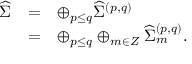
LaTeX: \begin{array} { l c l } { { { \widehat \Sigma } } } & { { = } } & { { \oplus _ { p \leq q } { \widehat \Sigma } ^ { ( p , q ) } } } \\ { { } } & { { = } } & { { \oplus _ { p \leq q } \oplus _ { m \in Z } { \widehat \Sigma } _ { m } ^ { ( p , q ) } . } } \end{array}